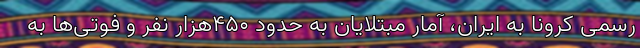
رسمی کرونا به ایران، آمار مبتلایان به حدود ۴۵۰هزار نفر و فوتی‌ها به